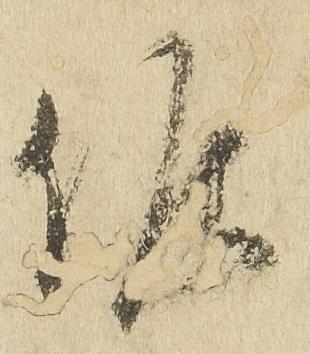
候